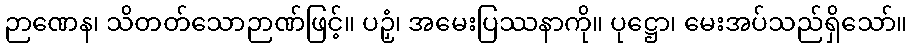
ဉာဏေန၊ သိတတ်သောဉာဏ်ဖြင့်။ ပဉှံ၊ အမေးပြဿနာကို။ ပုဋ္ဌော၊ မေးအပ်သည်ရှိသော်။